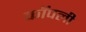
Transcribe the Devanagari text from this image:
कॉपली